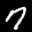
Label: 7